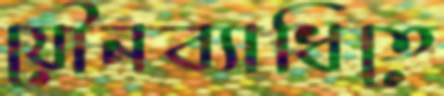
যৌনব্যাধিতে